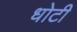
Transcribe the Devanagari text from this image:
धोटी